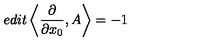
e d i t \left< \frac { \partial } { \partial x _ { 0 } } , A \right> = - 1